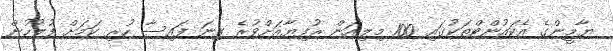
ޔާމީންގެ އެކައުންޓްތަކުގައި 100 މިލިއަން ރުފިޔާއަށްވުރެ ގިނަ ފައިސާ ހުރި ކަމަށް ފުލުހުން